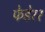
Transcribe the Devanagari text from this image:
फेडेरर